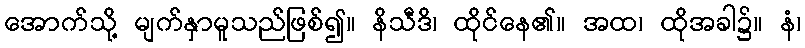
အောက်သို့ မျက်နှာမူသည်ဖြစ်၍။ နိသီဒိ၊ ထိုင်နေ၏။ အထ၊ ထိုအခါ၌။ နံ၊